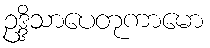
ဥဒ္ဒိသာပေတုကာမော